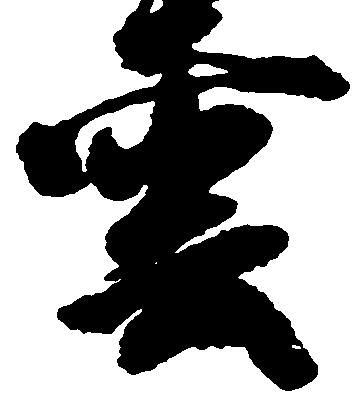
雲